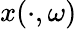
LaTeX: x(\cdot,\omega)